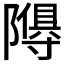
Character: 𮥩